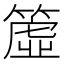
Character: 𥳁